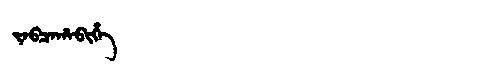
Manchu: ᠵᠠᠪᠴᠠᡥᠠᠪᡳᡥᡝ
Romanization: JABCAHABIHE